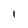
Character: l